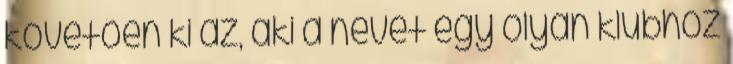
követően ki az, aki a nevét egy olyan klubhoz